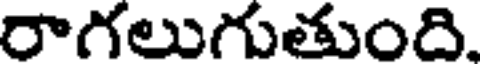
రాగలుగుతుంది.